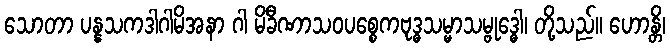
သောတာ ပန္နသကဒါဂါမိအနာ ဂါ မိခီဏာသဝပစ္စေကဗုဒ္ဓသမ္မာသမ္ဗုဒ္ဓေါ၊ တို့သည်။ ဟောန္တိ၊